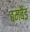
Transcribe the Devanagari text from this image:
बम्बैइ